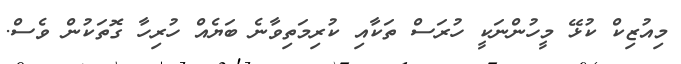
މިއުޒިކް ކުޅޭ މީހުންނަކީ ހުރަސް ތަކާއި ކުރިމަތިވާނެ ބަޔެއް ހުރިހާ ގޮތަކުން ވެސް.